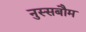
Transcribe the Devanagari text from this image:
नुस्सबौम